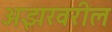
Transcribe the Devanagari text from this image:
अझरवरील